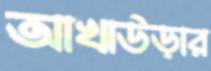
আখাউড়ার